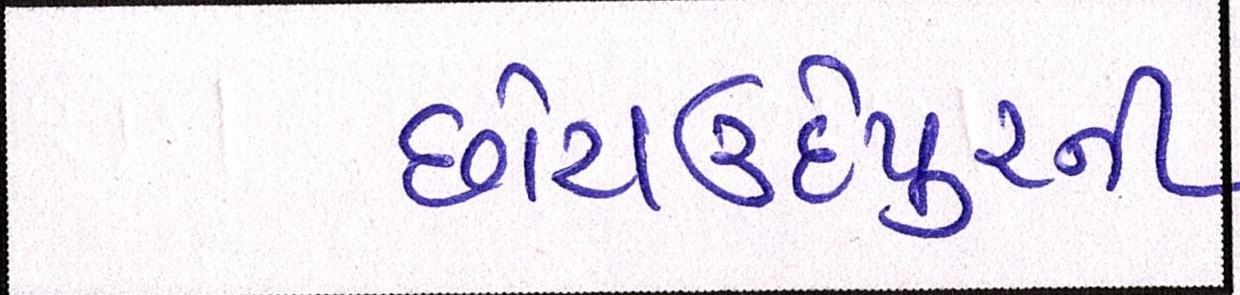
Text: છોટાઉદેપુરની